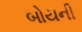
બોયની